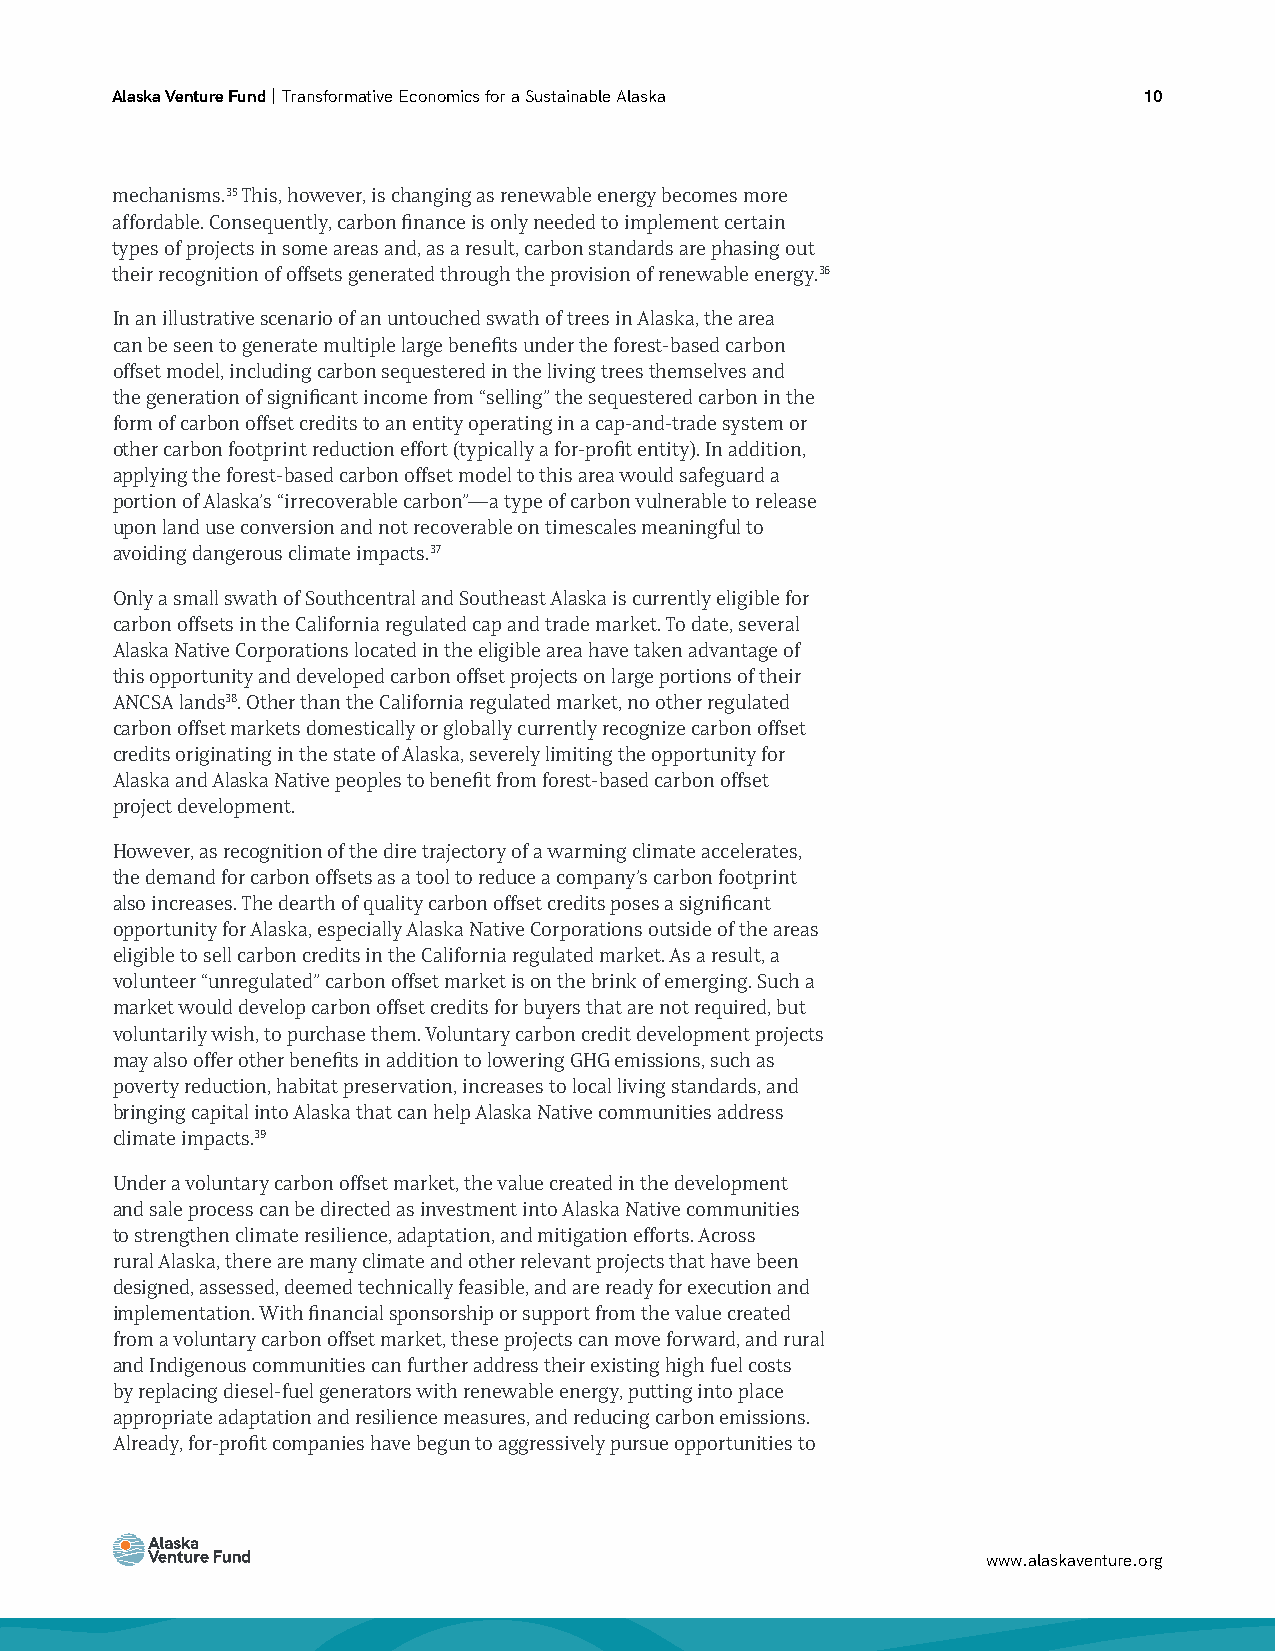
Alaska Venture Fund | Transformative Economics for a Sustainable Alaska 10
 mechanisms.35 This, however, is changing as renewable energy becomes more
 affordable. Consequently, carbon finance is only needed to implement certain
 types of projects in some areas and, as a result, carbon standards are phasing out
 their recognition of offsets generated through the provision of renewable energy.36
 In an illustrative scenario of an untouched swath of trees in Alaska, the area
 can be seen to generate multiple large benefits under the forest-based carbon
 offset model, including carbon sequestered in the living trees themselves and
 the generation of significant income from “selling” the sequestered carbon in the
 form of carbon offset credits to an entity operating in a cap-and-trade system or
 other carbon footprint reduction effort (typically a for-profit entity). In addition,
 applying the forest-based carbon offset model to this area would safeguard a
 portion of Alaska’s “irrecoverable carbon”—a type of carbon vulnerable to release
 upon land use conversion and not recoverable on timescales meaningful to
 avoiding dangerous climate impacts.37
 Only a small swath of Southcentral and Southeast Alaska is currently eligible for
 carbon offsets in the California regulated cap and trade market. To date, several
 Alaska Native Corporations located in the eligible area have taken advantage of
 this opportunity and developed carbon offset projects on large portions of their
 ANCSA lands38. Other than the California regulated market, no other regulated
 carbon offset markets domestically or globally currently recognize carbon offset
 credits originating in the state of Alaska, severely limiting the opportunity for
 Alaska and Alaska Native peoples to benefit from forest-based carbon offset
 project development.
 However, as recognition of the dire trajectory of a warming climate accelerates,
 the demand for carbon offsets as a tool to reduce a company’s carbon footprint
 also increases. The dearth of quality carbon offset credits poses a significant
 opportunity for Alaska, especially Alaska Native Corporations outside of the areas
 eligible to sell carbon credits in the California regulated market. As a result, a
 volunteer “unregulated” carbon offset market is on the brink of emerging. Such a
 market would develop carbon offset credits for buyers that are not required, but
 voluntarily wish, to purchase them. Voluntary carbon credit development projects
 may also offer other benefits in addition to lowering GHG emissions, such as
 poverty reduction, habitat preservation, increases to local living standards, and
 bringing capital into Alaska that can help Alaska Native communities address
 climate impacts.39
 Under a voluntary carbon offset market, the value created in the development
 and sale process can be directed as investment into Alaska Native communities
 to strengthen climate resilience, adaptation, and mitigation efforts. Across
 rural Alaska, there are many climate and other relevant projects that have been
 designed, assessed, deemed technically feasible, and are ready for execution and
 implementation. With financial sponsorship or support from the value created
 from a voluntary carbon offset market, these projects can move forward, and rural
 and Indigenous communities can further address their existing high fuel costs
 by replacing diesel-fuel generators with renewable energy, putting into place
 appropriate adaptation and resilience measures, and reducing carbon emissions.
 Already, for-profit companies have begun to aggressively pursue opportunities to
 www.alaskaventure.org